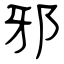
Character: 邪